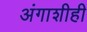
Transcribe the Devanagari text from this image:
अंगाशीही